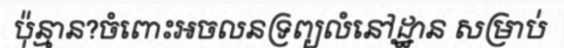
ប៉ុន្មាន?ចំពោះអចលនទ្រព្យលំនៅដ្ឋាន សម្រាប់